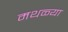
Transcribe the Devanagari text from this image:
मथळ्या